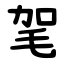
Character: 毠